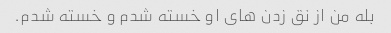
بله من از نق زدن های او خسته شدم و خسته شدم.